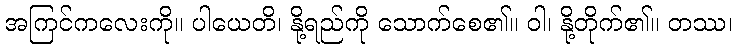
အကြင်ကလေးကို။ ပါယေတိ၊ နို့ရည်ကို သောက်စေ၏။ ဝါ၊ နို့တိုက်၏။ တဿ၊